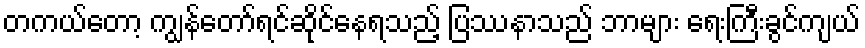
တကယ်တော့ ကျွန်တော်ရင်ဆိုင်နေရသည့် ပြဿနာသည် ဘာများ ရေးကြီးခွင်ကျယ်